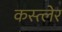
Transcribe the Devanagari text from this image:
कस्त्लेर